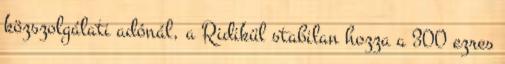
közszolgálati adónál, a Ridikül stabilan hozza a 300 ezres